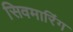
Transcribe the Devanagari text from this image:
सिवमारिंग